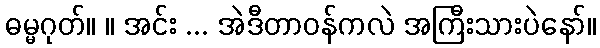
ဓမ္မဂုတ်။ ။ အင်း ... အဲဒီတာဝန်ကလဲ အကြီးသားပဲနော်။